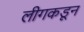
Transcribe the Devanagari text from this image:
लीगकडून